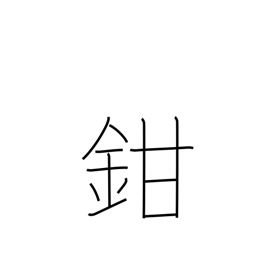
Meaning: shut up